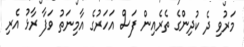
މަރުވި ދެ ކުދިންގެ ތެރެއިން ފަސް އަހަރުގެ އާމިނަތު ވަފާ ރާޅު އެރި